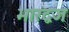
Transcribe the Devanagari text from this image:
भारद्वज